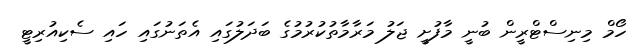
ހޯމް މިނިސްޓްރީން ބުނީ މާފުށީ ޖަލު މަރާމާތުކުރުމުގެ ބަދަލުގައި އެތަނުގައި ހައި ސެކިއުރިޓީ